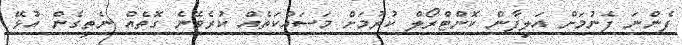
ފެންނަ ފެނުމަށް އަލިފާން ކޮންޓްރޯލް ކުރުމަށް މަސައްކަތެއް ކުރެވޭނެ ގޮތެއް ނެތިގެން އުޅޭ